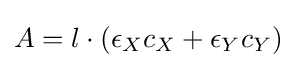
A=l\cdot (\epsilon _{X}c_{X}+\epsilon _{Y}c_{Y})